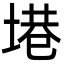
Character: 塂